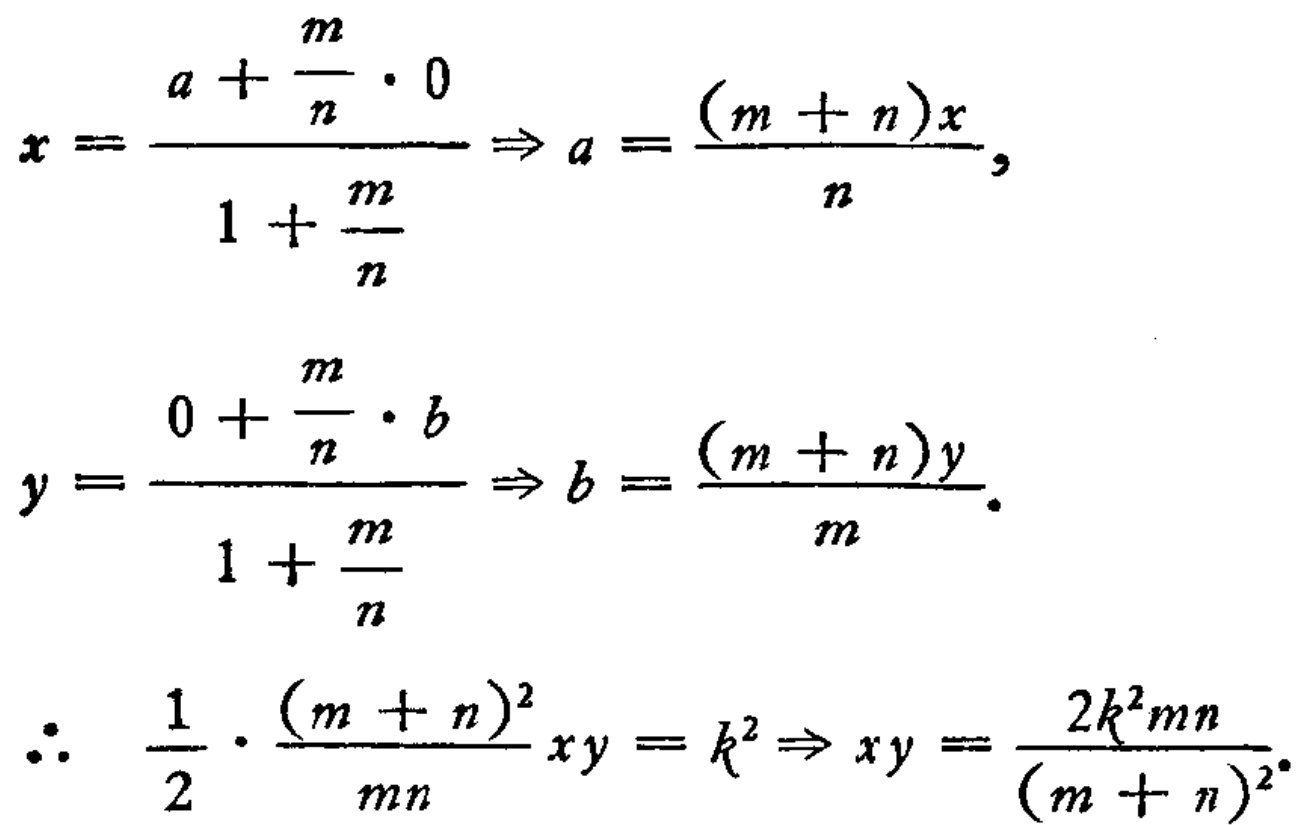
\[
x = \frac{a + \frac{m}{n} \cdot 0}{1 + \frac{m}{n}} \Rightarrow a = \frac{(m + n)x}{n},
\]
\[
y = \frac{0 + \frac{m}{n} \cdot b}{1 + \frac{m}{n}} \Rightarrow b = \frac{(m + n)y}{m}.
\]
\[
\therefore \quad \frac{1}{2} \cdot \frac{(m + n)^2}{mn}xy = k^2 \Rightarrow xy = \frac{2k^2mn}{(m + n)^2}.
\]